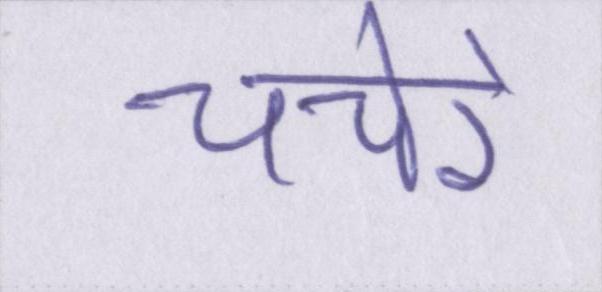
चचेरे